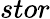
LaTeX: stor